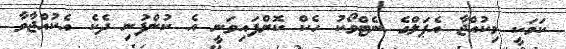
ކަމަކީ މިކުއްޖާ އެޕަލްގެ ނެޓްވޯކު ހެކް ކޮށްފައިވަނީ އެ ކުންފުނި ދެކެ އެކުއްޖާވާ